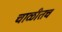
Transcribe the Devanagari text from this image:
चाळीतच